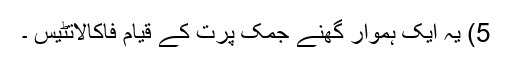
5) یہ ایک ہموار گھنے جمک پرت کے قیام فاکالاتٹیس ۔